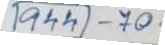
944 - 70